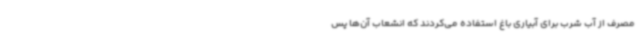
مصرف از آب شرب برای آبیاری باغ استفاده می‌کردند که انشعاب آن‌ها پس